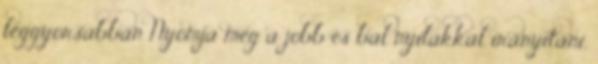
leggyorsabban Nyomja meg a jobb és bal nyilakkal irányítani,